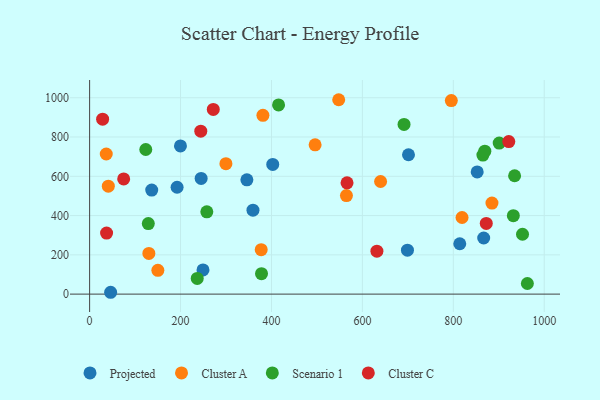
{"axis": {"x": "Engine Size", "y": "Yield"}, "legend": ["Cluster A", "Cluster C", "Projected", "Scenario 1"], "data": [{"x": "814.2", "y": 256.6, "type": "Projected"}, {"x": "699.1", "y": 223.8, "type": "Projected"}, {"x": "136.6", "y": 529.7, "type": "Projected"}, {"x": "852.5", "y": 622.2, "type": "Projected"}, {"x": "46.2", "y": 9.4, "type": "Projected"}, {"x": "402.8", "y": 660.3, "type": "Projected"}, {"x": "359.3", "y": 427.4, "type": "Projected"}, {"x": "866.8", "y": 285.8, "type": "Projected"}, {"x": "701.4", "y": 709.8, "type": "Projected"}, {"x": "249.4", "y": 123.4, "type": "Projected"}, {"x": "345.9", "y": 582.2, "type": "Projected"}, {"x": "199.8", "y": 754.5, "type": "Projected"}, {"x": "192.4", "y": 544.3, "type": "Projected"}, {"x": "245.3", "y": 589.1, "type": "Projected"}, {"x": "150.1", "y": 121.3, "type": "Cluster A"}, {"x": "795.6", "y": 985.8, "type": "Cluster A"}, {"x": "381.2", "y": 910.3, "type": "Cluster A"}, {"x": "36.6", "y": 713.6, "type": "Cluster A"}, {"x": "377.4", "y": 226.6, "type": "Cluster A"}, {"x": "640.0", "y": 573.5, "type": "Cluster A"}, {"x": "564.9", "y": 501.7, "type": "Cluster A"}, {"x": "496.0", "y": 760.2, "type": "Cluster A"}, {"x": "885.0", "y": 463.6, "type": "Cluster A"}, {"x": "130.3", "y": 207.2, "type": "Cluster A"}, {"x": "299.8", "y": 664.4, "type": "Cluster A"}, {"x": "547.9", "y": 990.0, "type": "Cluster A"}, {"x": "41.1", "y": 549.8, "type": "Cluster A"}, {"x": "819.2", "y": 390.3, "type": "Cluster A"}, {"x": "865.1", "y": 708.0, "type": "Scenario 1"}, {"x": "962.9", "y": 54.0, "type": "Scenario 1"}, {"x": "378.1", "y": 104.2, "type": "Scenario 1"}, {"x": "932.0", "y": 399.7, "type": "Scenario 1"}, {"x": "934.8", "y": 602.9, "type": "Scenario 1"}, {"x": "691.6", "y": 864.2, "type": "Scenario 1"}, {"x": "900.9", "y": 769.4, "type": "Scenario 1"}, {"x": "129.1", "y": 359.3, "type": "Scenario 1"}, {"x": "123.5", "y": 736.5, "type": "Scenario 1"}, {"x": "952.2", "y": 304.8, "type": "Scenario 1"}, {"x": "257.8", "y": 419.2, "type": "Scenario 1"}, {"x": "869.3", "y": 728.0, "type": "Scenario 1"}, {"x": "415.6", "y": 963.4, "type": "Scenario 1"}, {"x": "236.7", "y": 80.0, "type": "Scenario 1"}, {"x": "872.5", "y": 359.8, "type": "Cluster C"}, {"x": "566.2", "y": 566.6, "type": "Cluster C"}, {"x": "37.3", "y": 311.0, "type": "Cluster C"}, {"x": "74.9", "y": 586.9, "type": "Cluster C"}, {"x": "922.0", "y": 776.9, "type": "Cluster C"}, {"x": "244.5", "y": 829.6, "type": "Cluster C"}, {"x": "631.9", "y": 218.9, "type": "Cluster C"}, {"x": "272.0", "y": 940.7, "type": "Cluster C"}, {"x": "28.6", "y": 891.2, "type": "Cluster C"}]}